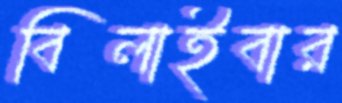
বিলাইবার